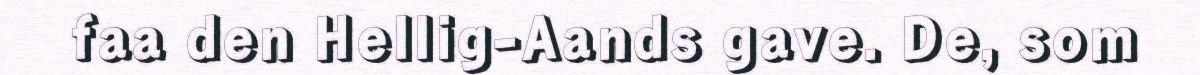
faa den Hellig-Aands gave. De, som